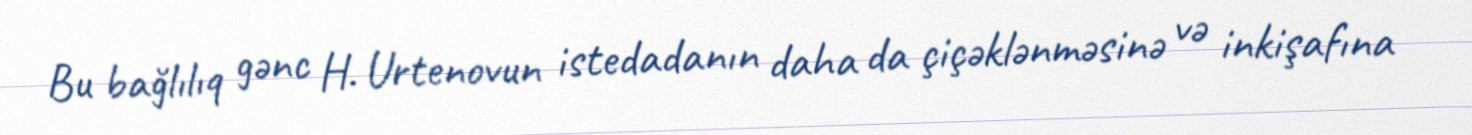
Bu bağlılıq gənc H. Urtenovun istedadanın daha da çiçəklənməsinə və inkişafına